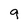
Character: 9